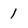
Character: 1